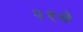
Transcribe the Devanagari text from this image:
२१चे